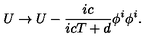
U \rightarrow U - { \frac { i c } { i c T + d } } { \phi ^ { i } \phi ^ { i } } .